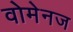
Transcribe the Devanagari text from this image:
वोमेनज